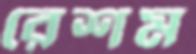
রেশম